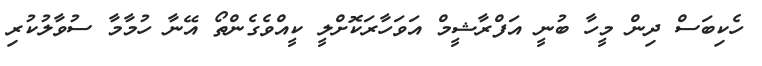
ހެކިބަސް ދިން މީހާ ބުނީ އަފްރާޝީމް އަވަހާރަކޮށްލީ ކީއްވެގެންތޯ އޭނާ ހުމާމާ ސުވާލުކުރި